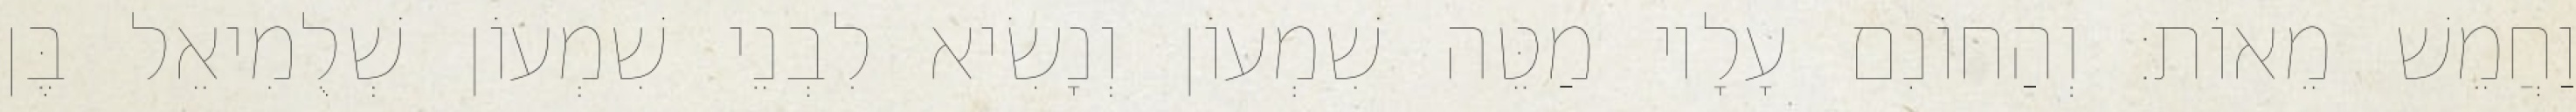
וַחֲמֵשׁ מֵאוֹת׃ וְהַחוֹנִם עָלָיו מַטֵּה שִׁמְעוֹן וְנָשִׂיא לִבְנֵי שִׁמְעוֹן שְׁלֻמִיאֵל בֶּן